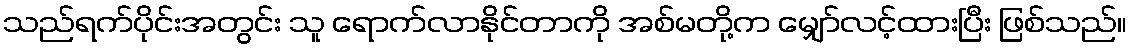
သည်ရက်ပိုင်းအတွင်း သူ ရောက်လာနိုင်တာကို အစ်မတို့က မျှော်လင့်ထားပြီး ဖြစ်သည်။